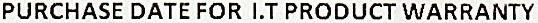
PURCHASE DATE FOR I.T PRODUCT WARRANTY